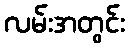
လမ်းအတွင်း